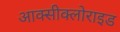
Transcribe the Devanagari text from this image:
आक्‍सीक्‍लोराइड